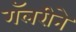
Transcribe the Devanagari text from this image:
गॅलरीने